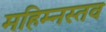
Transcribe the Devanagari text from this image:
महिम्नस्तव